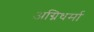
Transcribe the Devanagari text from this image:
अग्निधर्मा